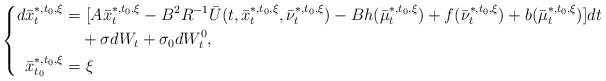
\begin{align*}\left\{\begin{aligned}d\bar x_t^{*,t_0,\xi}=&~[A\bar x_t^{*,t_0,\xi}-B^2R^{-1}\bar U(t,\bar x_t^{*,t_0,\xi},\bar \nu_t^{*,t_0,\xi})-Bh(\bar \mu_t^{*,t_0,\xi})+f(\bar\nu_t^{*,t_0,\xi})+b(\bar\mu_t^{*,t_0,\xi})]dt\\&+\sigma dW_t+\sigma_0dW^0_t,\\\bar x_{t_0}^{*,t_0,\xi}=&~\xi\end{aligned}\right.\end{align*}